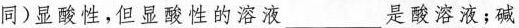
同 ) 显酸性，但显酸性的溶液 ___ 是酸溶液；碱